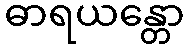
ဓာရယန္တော